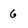
Character: 6